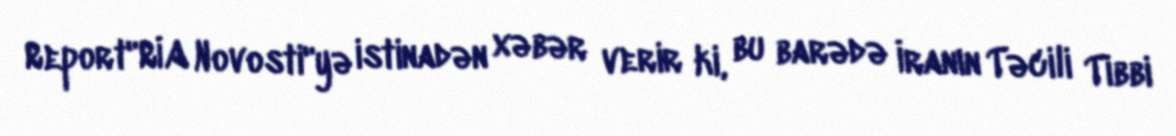
Report"RİA Novosti"yə istinadən xəbər verir ki, bu barədə İranın Təcili Tibbi